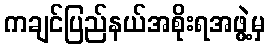
ကချင်ပြည်နယ်အစိုးရအဖွဲ့မှ